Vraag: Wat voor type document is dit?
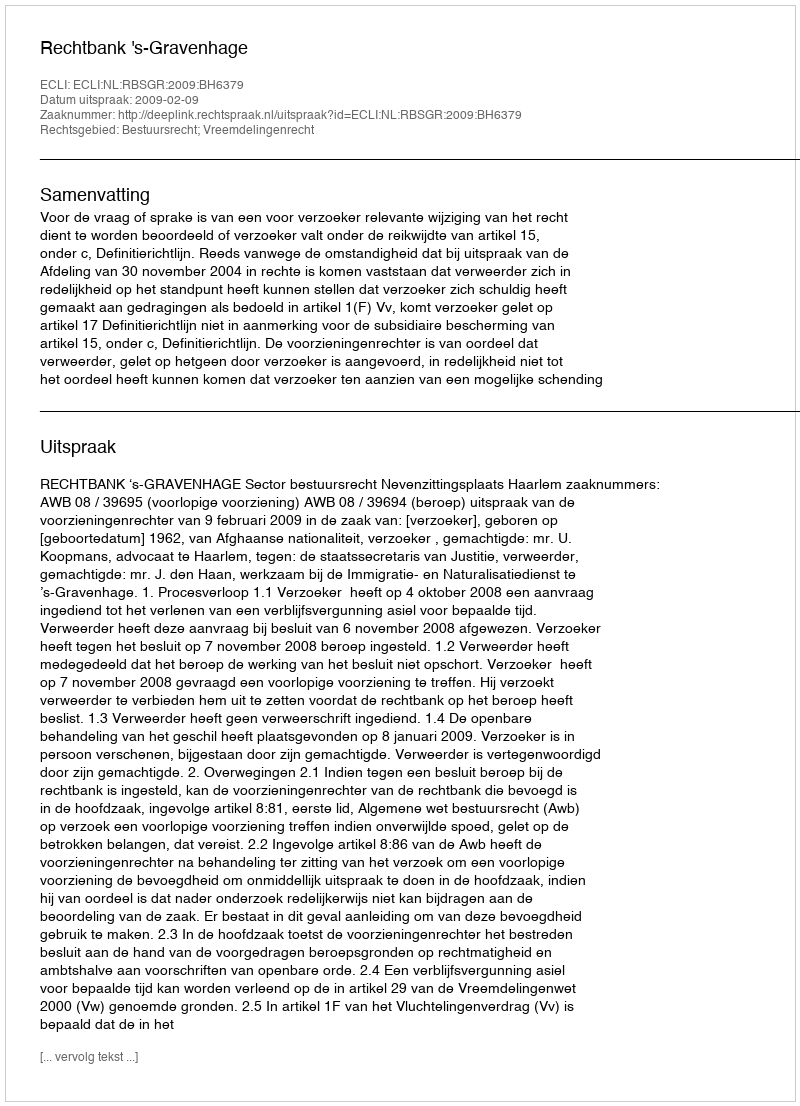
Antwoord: Uitspraak